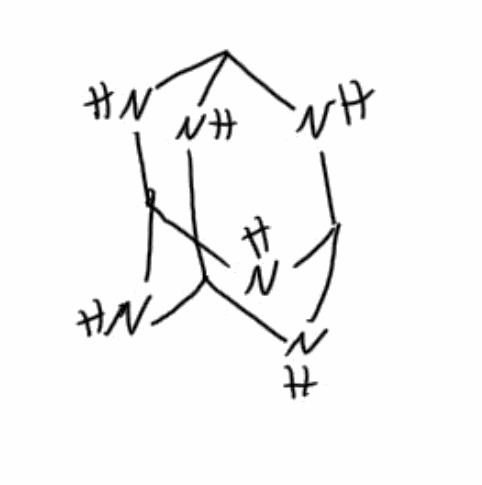
Simplified molecular-input line-entry system (SMILES) notation of the given molecule:
C12NC3NC(N1)NC(N2)N3